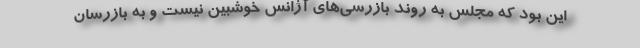
این بود که مجلس به روند بازرسی‌های آژانس خوشبین نیست و به بازرسان